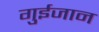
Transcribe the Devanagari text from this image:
गुईजान